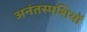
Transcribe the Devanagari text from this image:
अनंतस्पशियों